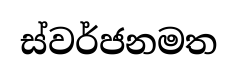
ස්වර්ජනමත